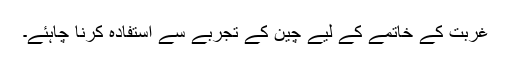
غربت کے خاتمے کے لیے چین کے تجربے سے استفادہ کرنا چاہئے۔